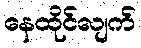
နေထိုင်လျက်